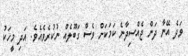
ވަދެ އޭނާ ދަން ޖެއްސިދާނެ ކަމަކަށް ވެސް ގަބޫލެއް ނުކުރެވެއެވެ. އަދި މީހަކު